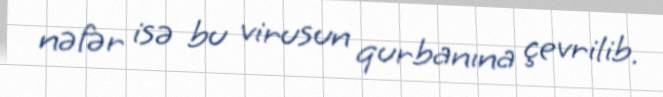
nəfər isə bu virusun qurbanına çevrilib.